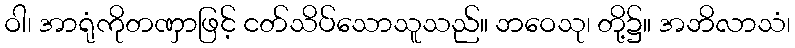
ဝါ၊ အာရုံကိုတဏှာဖြင့် ငတ်သိပ်သောသူသည်။ ဘဝေသု၊ တို့၌။ အဘိလာသံ၊